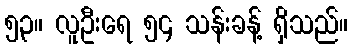
၅၃။ လူဦးရေ ၅၄ သန်းခန့် ရှိသည်။